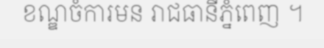
ខណ្ឌចំការមន រាជធានីភ្នំពេញ ។